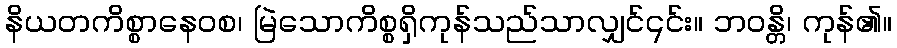
နိယတကိစ္စာနေဝစ၊ မြဲသောကိစ္စရှိကုန်သည်သာလျှင်၎င်း။ ဘဝန္တိ၊ ကုန်၏။